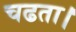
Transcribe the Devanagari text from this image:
चढता।